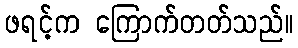
ဖရင့်က ကြောက်တတ်သည်။